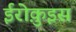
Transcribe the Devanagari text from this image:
ईरोक़ुइस